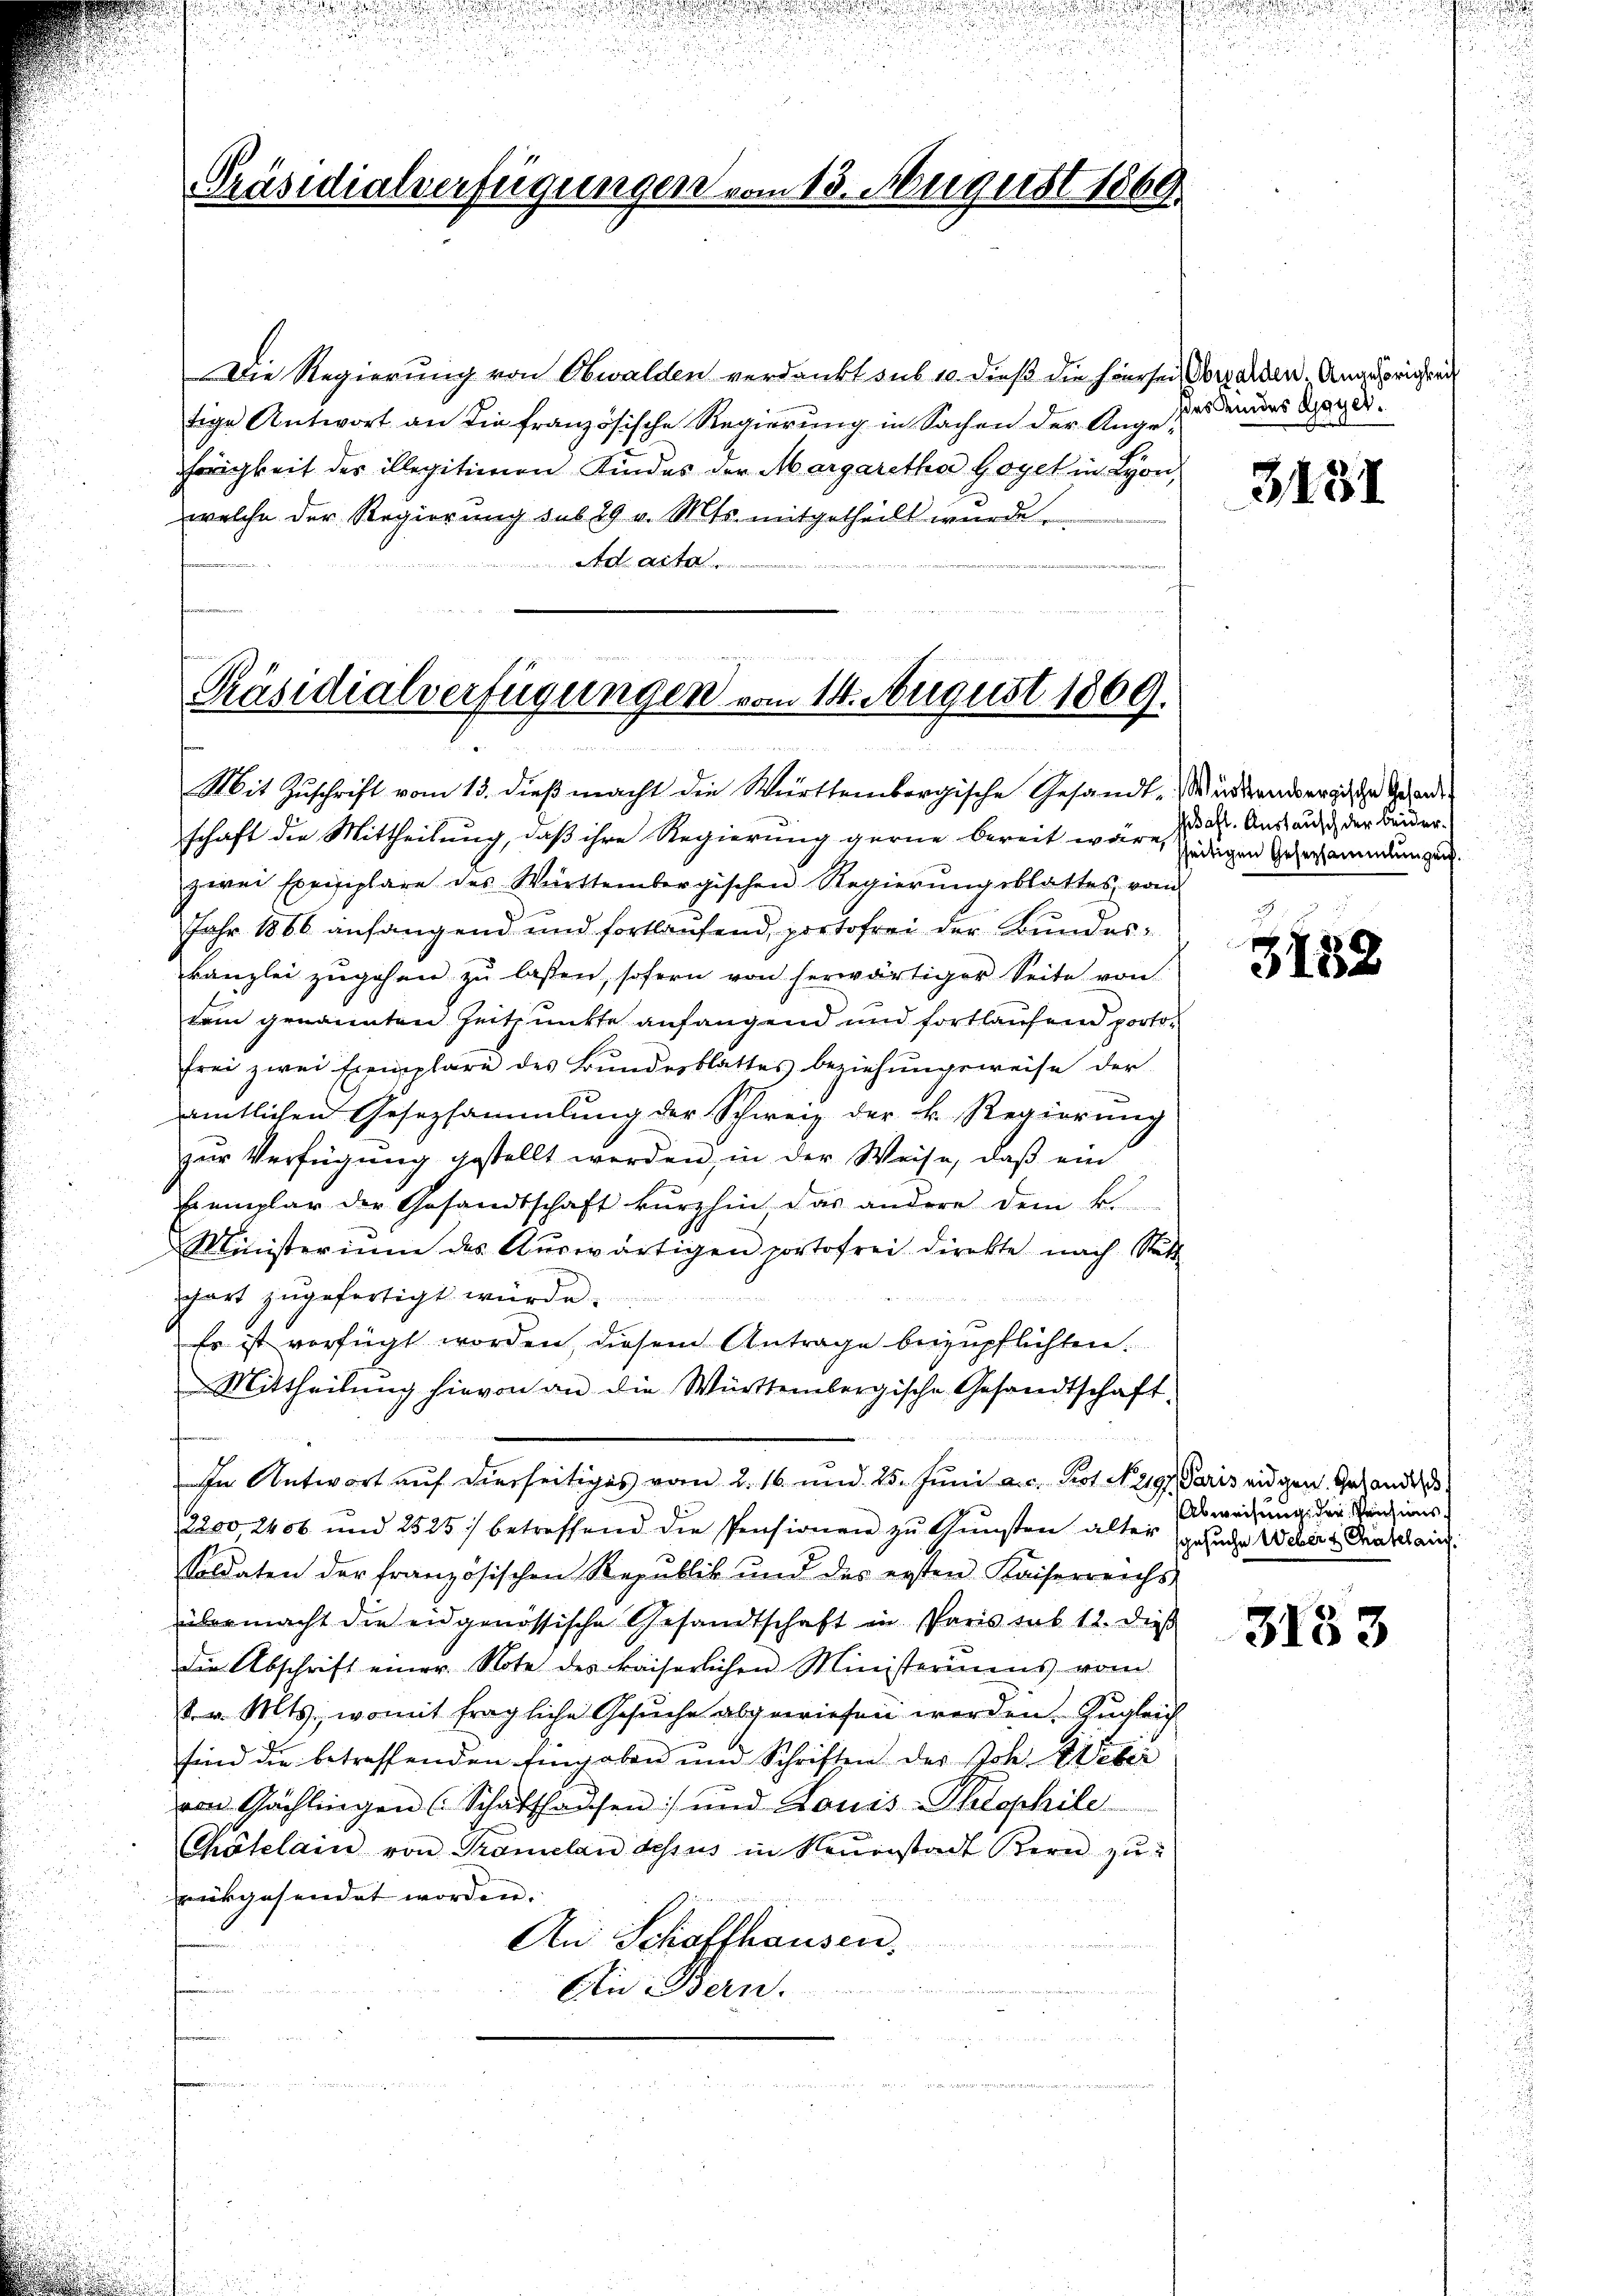
i
u

Präsidialverfügungen.

Die Regierung von Obwalden verdankt sub 10. dieß die hierseit Vorarden. Angehörigkeit
tige Antwort an die französische Regierung in Sachen der Ange¬
Frigkeit des illegitimen Kindes der Margaretha Goyet in Lyon,
welche der Regierung sub 29 v. Mts. mitgetheilt wurde.
Adaita

Präsidialverfügungen vom 14. August 1869.

13. August 1869.

Mit Zŭschrift vom 13. dieβ macht die Württembergische Gesandt-Wüddendergische Gesandt
schaft die Mittheilung, daß ihre Regierung gerne bereit wäre, ledigen Gescheidungen.
zwei Expisiplare des Württembergischen Regierŭngsblattes vom
Jahr 1866 anfangend und fortlaufend, portofrei der Bundeskanzlei zugehen zu lassen, sofern von herwärtiger Seite von
tem genannten Zeitpunkte anfangend und fortlaufend portofrei zwei Exemplare des Bundesblattes beziehungsweise der
amtlichen Gesetzsammlung der Schweiz der k. Regierung
zur Verfügung gestellt werden, in der Weise, daß ein
Exemplar der Gesandtschaft kŭrzhin das andere dem k.
Ministeriŭm des Aŭswärtigen portofrei direkte nach Statt
gart zugefertigt würde.
Es ist verfügt worden, diesem Antrage beizupflichten.
Mittheilŭng hievon an die Württembergische Gesandtschaft.
 d 2
In Antwort auf dierseitiges vom 2. 16. und 25. Jŭni a.c. Pot. N. 219. Paris eidgen. Gehander
2200 2406 und 2525) betreffend die Pensionen zŭ Gŭnsten alter
Soldaten der französischen Republik und des ersten Kaiserreichs
übermacht die eidgenössische Gesandtschaft in Paris sub 12. dieß
die Abschrift einer Note des kaiserlichen Ministeriums vom
. v. Mts., womit fragliche Gesuche abgewiesen werden. Zugleich
sind die betreffenden Eingaben und Schriften der Joh. Weber
von Gächlingen (Schaffhausen) und Louis-Phlophile
Chatelain von Tramelan dessus in Neŭstadt Bern zŭ
rükgesendet worden.
An Schaffhausen.
An Bern.

ddes deindes Bayer.

3131

saft. Austausch der beider¬

3133

Abweisung der Reichins
Gesuche Weber & Chatelang

3133